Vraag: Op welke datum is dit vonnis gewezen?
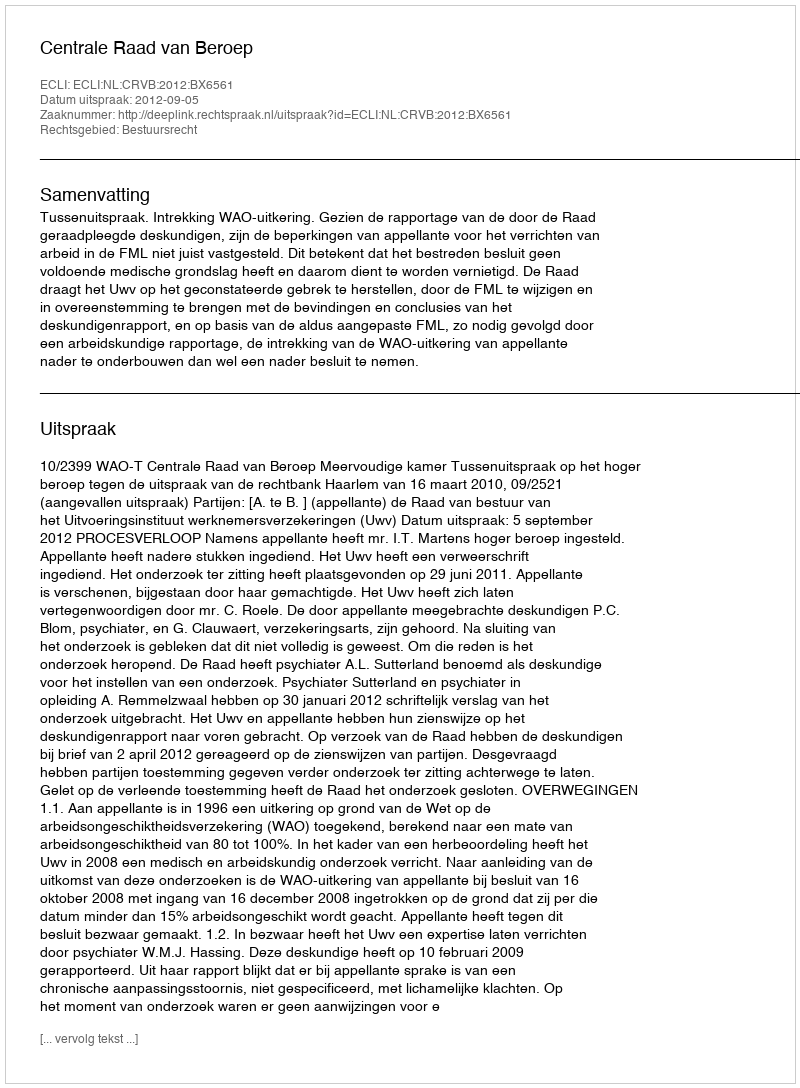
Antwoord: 2012-09-05